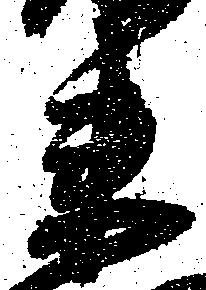
衛